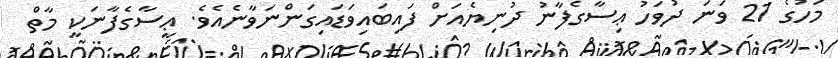
މަހުގެ 21 ވަނަ ދުވަހު ޢިސާގެފާނު ދުނިޔެއަށް ފައިބައިވަޑައިގަންނަވާނެއެވެ. ޢީސާގެފާނަކީ މާތް